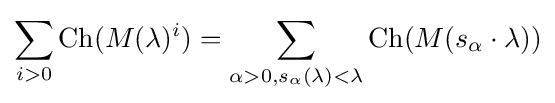
\sum _{i>0}{\text{Ch}}(M(\lambda )^{i})=\sum _{\alpha >0,s_{\alpha }(\lambda )<\lambda }{\text{Ch}}(M(s_{\alpha }\cdot \lambda ))